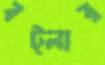
বট্লার